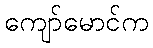
ကျော်မောင်က